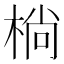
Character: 㭻